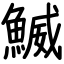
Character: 鰄